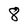
Character: 8